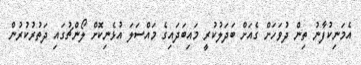
އެމަނިކުފާނު ތިން ދުވަހަށް ގެއަށް ބަދަލުކުރީ މައިބަދައިގެ މައްސަލަ އުޅެނިކޮށް ލޯންޗުގައި ދަތުރުކުރުން